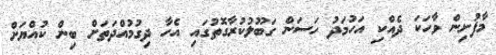
މާފުށިން ވާހަކަ ދެއްކި އަހުމަދު ހަސަން ގަބޫލުކުރާގޮތުގައި އެހާ ދިގުމުއްދަތަށް ބިން ކުއްޔަށް